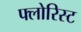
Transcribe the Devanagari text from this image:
फ्लोरिस्ट